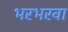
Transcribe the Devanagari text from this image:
भरभरवा